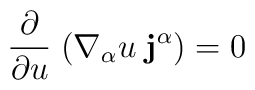
\frac{\partial}{\partial u}\;(\nabla_{\alpha}u\;{\bf j^{\alpha}})=0